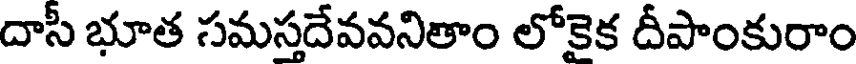
దాసీ భూత సమస్తదేవవనితాం లోకెక దీపాంకురాం